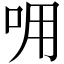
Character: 𠰩